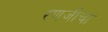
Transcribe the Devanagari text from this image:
रणजीचा